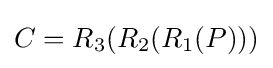
C=R_{3}(R_{2}(R_{1}(P)))